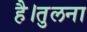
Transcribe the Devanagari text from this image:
है।तुलना